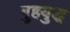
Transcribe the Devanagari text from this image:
गुहयुद्ध